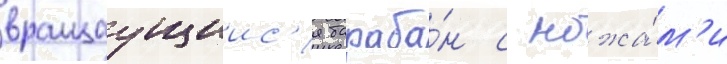
вращаущиис'я бараба́н с ножа́м'и